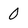
Character: 0